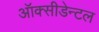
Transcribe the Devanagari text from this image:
ऑक्सीडेन्टल